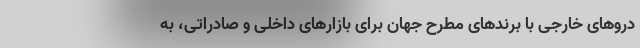
دروهای خارجی با برندهای مطرح جهان برای بازارهای داخلی و صادراتی، به